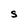
Character: S